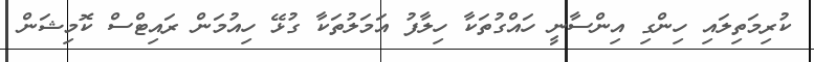
ކުރިމަތިލައި ހިންގި އިންސާނީ ހައްގުތަކާ ހިލާފު އަމަލުތަކާ ގުޅޭ ހިއުމަން ރައިޓްސް ކޮމިޝަން